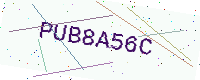
Text: PUB8A56C